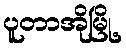
ပူတာအိုမြို့